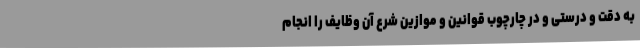
به دقت و درستی و در چارچوب قوانین و موازین شرع آن وظایف را انجام